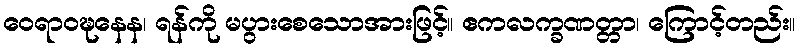
ဝေရာဝဍ္ဎနေန၊ ရန်ကို မပွားစေသောအားဖြင့်။ ဧကလက္ခဏတ္တာ၊ ကြောင့်တည်း။